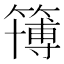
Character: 簙